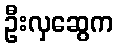
ဦးလှဆွေက